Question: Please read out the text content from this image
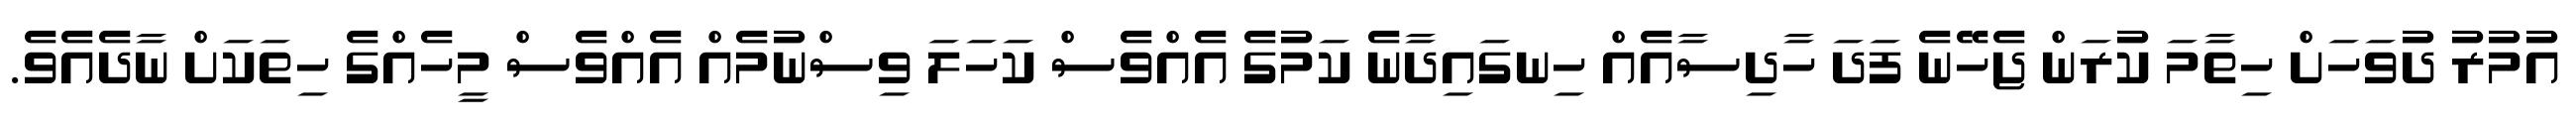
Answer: އުމުރު ދުވަހަށް ހިތާމަ ކުރަން ޖެހޭނެ ފަދަ ހާދިސާއެއް ހިނގައިދާނެ ކަމުގެ އެއްވެސް ކަހަލަ ވިސްނުމެއް އެއްވެސް މީހެއްގެ ހިތަކަށް ނާދެއެވެ.